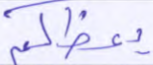
يعظكم